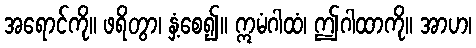
အရောင်ကို။ ဖရိတွာ၊ နှံ့စေ၍။ ဣမံဂါထံ၊ ဤဂါထာကို။ အာဟ၊